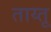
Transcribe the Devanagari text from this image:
ताय्तू